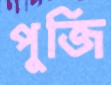
পুজি